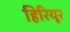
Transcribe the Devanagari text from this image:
हिरियूर